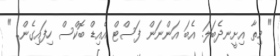
" މިތާ އިށީނދެބަލަ. އެބަ އަންނަން ފަސްޓް އެއިޑް ބޮކްސް ހިފައިގެން.. "